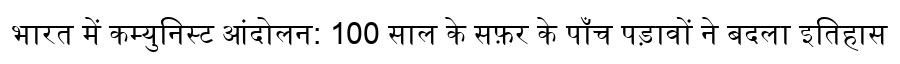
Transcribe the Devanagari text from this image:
भारत में कम्युनिस्ट आंदोलन: 100 साल के सफ़र के पाँच पड़ावों ने बदला इतिहास